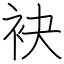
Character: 袂